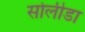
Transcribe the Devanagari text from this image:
सोलीडा